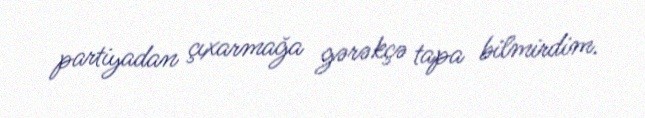
partiyadan çıxarmağa gərəkçə tapa bilmirdim.